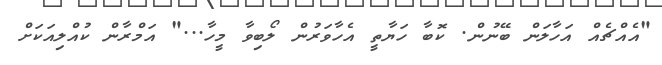
"އެއްޗެއް އަހާލަން ބޭނުން. ކޮބާ ހަޔާތީ އެހާވަރުން ލޯބިވާ މީހާ..." އަމްރާން ކުއްލިއަކަށް